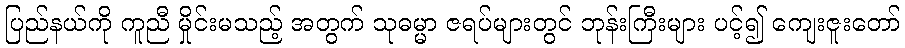
ပြည်နယ်ကို ကူညီ မှိုင်းမသည့် အတွက် သုဓမ္မာ ဇရပ်များတွင် ဘုန်းကြီးများ ပင့်၍ ကျေးဇူးတော်